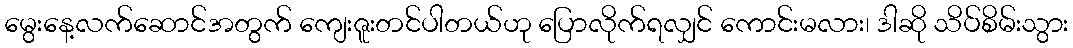
မွေးနေ့လက်ဆောင်အတွက် ကျေးဇူးတင်ပါတယ်ဟု ပြောလိုက်ရလျှင် ကောင်းမလား၊ ဒါဆို သိပ်စိမ်းသွား